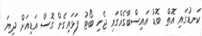
ކަނޑުގައި އޮތް ބޮޑު އައިސްބާގެއްގައި ޖެހި ބޯޓު ފަޅައިގެން ގޮސް އަޑިއަށް ދިޔަ